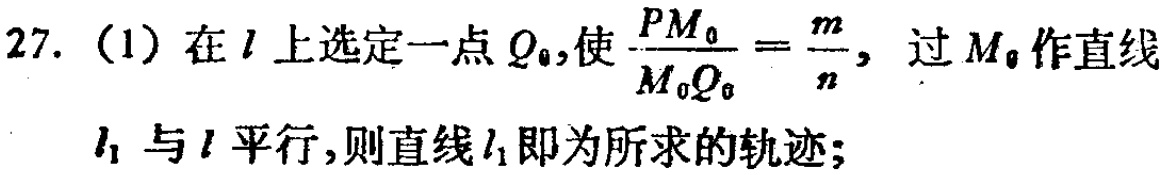
27. （1）在\(l\)上选定一点\(Q_{0}\)，使\(\frac{PM_{0}}{M_{0}Q_{0}} = \frac{m}{n}\)，过\(M_{0}\)作直线\(l_{1}\)与\(l\)平行，则直线\(l_{1}\)即为所求的轨迹；